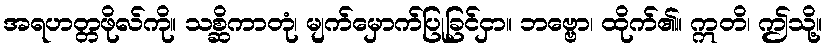
အရဟတ္တဖိုလ်ကို။ သစ္ဆိကာတုံ၊ မျက်မှောက်ပြုခြင်ငှာ။ ဘဗ္ဗော၊ ထိုက်၏။ ဣတိ၊ ဤသို့။